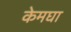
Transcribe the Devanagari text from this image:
केमघा